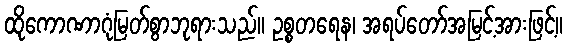
ထိုကောဏာဂုံမြတ်စွာဘုရားသည်။ ဥစ္စတရေန၊ အရပ်တော်အမြင့်အားဖြင့်။